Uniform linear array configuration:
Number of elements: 64
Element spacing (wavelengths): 1
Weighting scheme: uniform
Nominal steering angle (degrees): -30
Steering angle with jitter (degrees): -29.819
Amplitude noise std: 0.05
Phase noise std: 0.05

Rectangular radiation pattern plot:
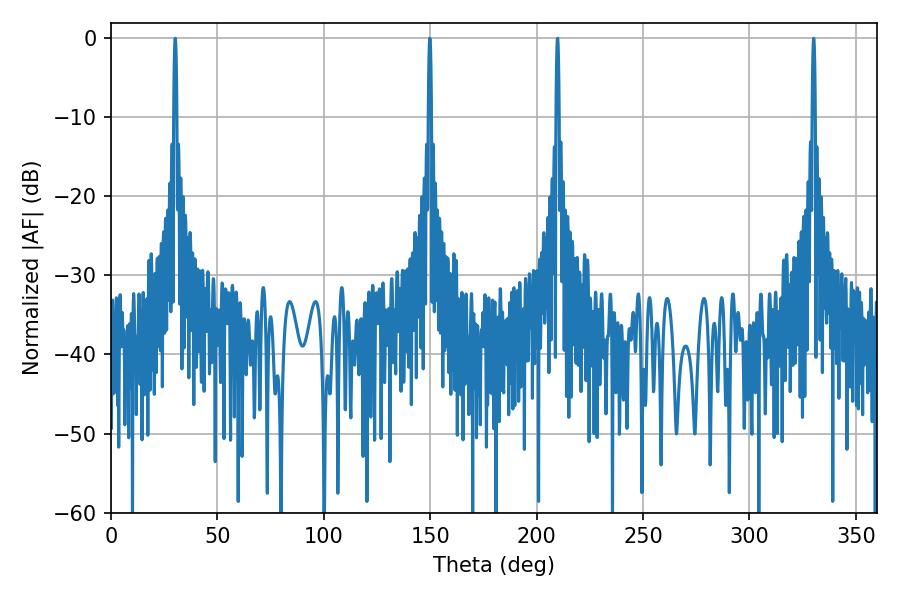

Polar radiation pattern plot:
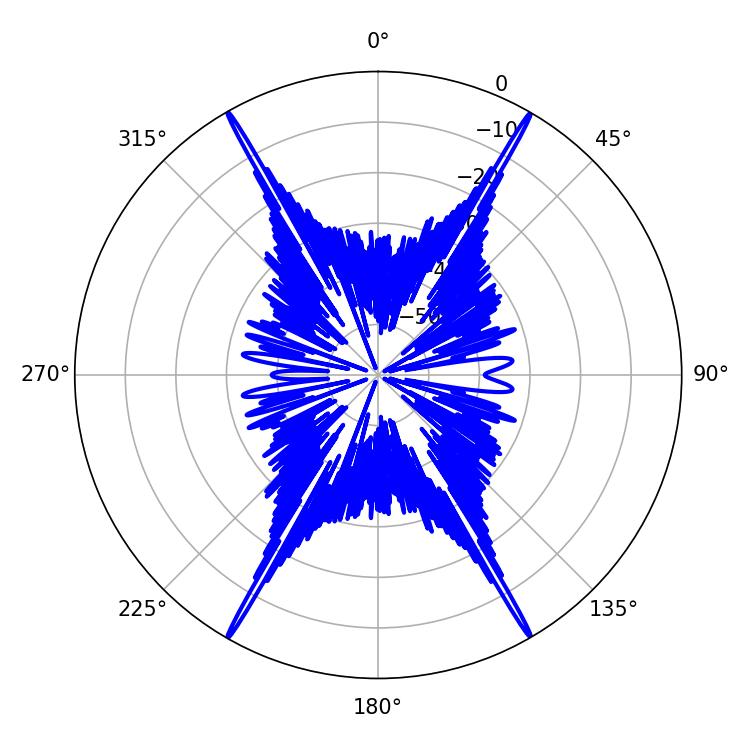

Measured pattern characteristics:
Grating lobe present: TRUE
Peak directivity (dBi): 37.763
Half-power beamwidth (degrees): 0.72
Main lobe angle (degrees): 30.24